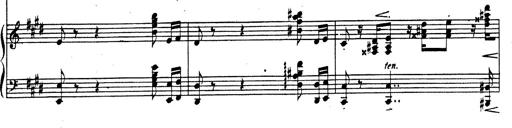
Title: Rhapsodie espagnole
Composer: Franz Liszt